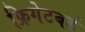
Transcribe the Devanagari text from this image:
फ्रिगेटबर्ड